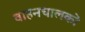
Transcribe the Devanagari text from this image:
वाहनचालकों